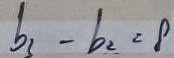
b _ { 3 } - b _ { 2 } = 8